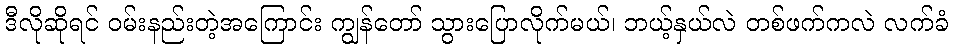
ဒီလိုဆိုရင် ဝမ်းနည်းတဲ့အကြောင်း ကျွန်တော် သွားပြောလိုက်မယ်၊ ဘယ့်နှယ်လဲ တစ်ဖက်ကလဲ လက်ခံ